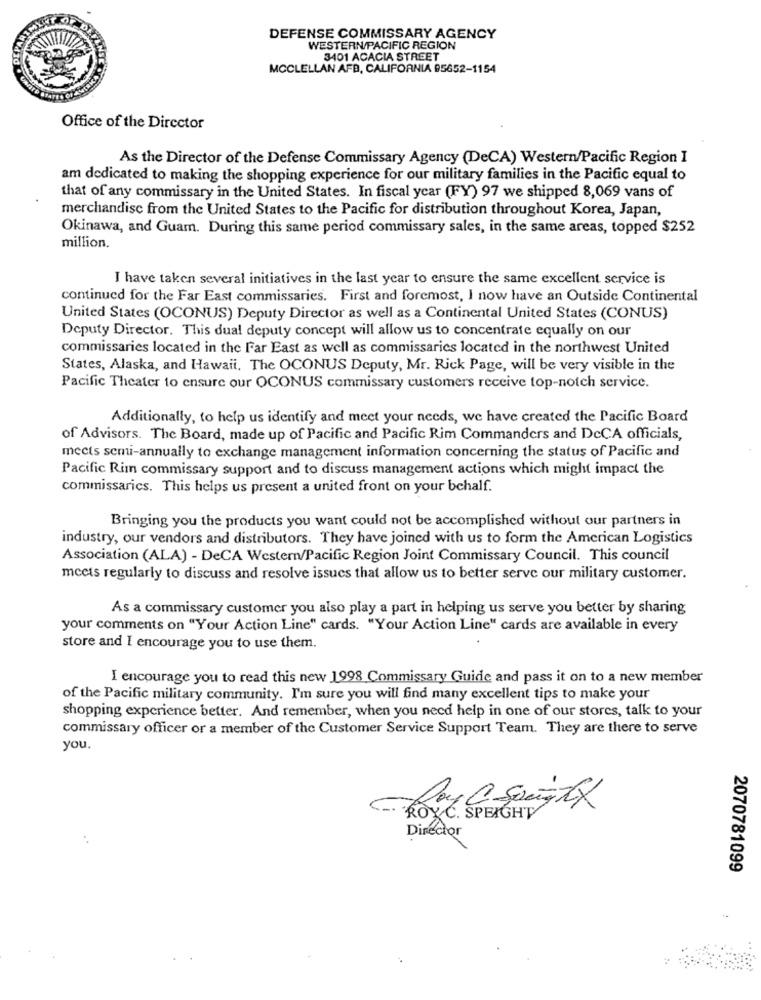
DEFENSE COMMISSARY AGENCY
WESTERN/PACIFIC REGION
3401 ACACIA STREET
MCCLELLAN AFB, CALIFORNIA 95652-1154
Office of the Director
As the Director of the Defense Commissary Agency (DeCA) Western/Pacific Region I
am dedicated to making the shopping experience for our military families in the Pacific equal to
that of any commissary in the United States. In fiscal year (FY) 97 we shipped 8,069 vans of
merchandise from the United States to the Pacific for distribution throughout Korea, Japan,
Okinawa, and Guam. During this same period commissary sales, in the same areas, topped $252
million.
I have taken several initiatives in the last year to ensure the same excellent service is
continued for the Far East commissaries. First and foremost, I now have an Outside Continental
United States (OCONUS) Deputy Director as well as a Continental United States (CONUS)
Deputy Director. This dual deputy concept will allow us to concentrate equally on our
commissaries located in the Far East as well as commissaries located in the northwest United
States, Alaska, and Hawaii. The OCONUS Deputy, Mr. Rick Page, will be very visible in the
Pacific Theater to ensure our OCONUS commissary customers receive top-notch service.
Additionally, to help us identify and meet your needs, we have created the Pacific Board
of Advisors. The Board, made up of Pacific and Pacific Rim Commanders and DcCA officials,
meets semi-annually to exchange management information concerning the status of Pacific and
Pacific Rim commissary support and to discuss management actions which might impact the
commissarics. This helps us present a united front on your behalf.
Bringing you the products you want could not be accomplished without our partners in
industry, our vendors and distributors. They have joined with us to form the American Logistics
Association (ALA) - DeCA Western/Pacific Region Joint Commissary Council. This council
mcets regularly to discuss and resolve issues that allow us to better serve our military customer.
As a commissary customer you also play a part in helping us serve you better by sharing
your comments on "Your Action Line" cards. "Your Action Line" cards are available in every
store and I encourage you to use them.
I encourage you to read this new 1998 Commissary Guide and pass it on to a new member
of the Pacific military community. I'm sure you will find many excellent tips to make your
shopping experience better. And remember, when you need help in one of our stores, talk to your
commissary officer or a member of the Customer Service Support Team. They are there to serve
you.
ROY C. SPEIGHT
Director
2070781099